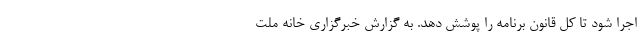
اجرا شود تا کل قانون برنامه را پوشش دهد. به گزارش خبرگزاری خانه ملت